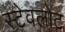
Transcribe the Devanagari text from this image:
स्टेवलोट